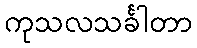
ကုသလသင်္ခါတာ